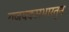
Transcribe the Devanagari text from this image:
राज्यकारभारतुन